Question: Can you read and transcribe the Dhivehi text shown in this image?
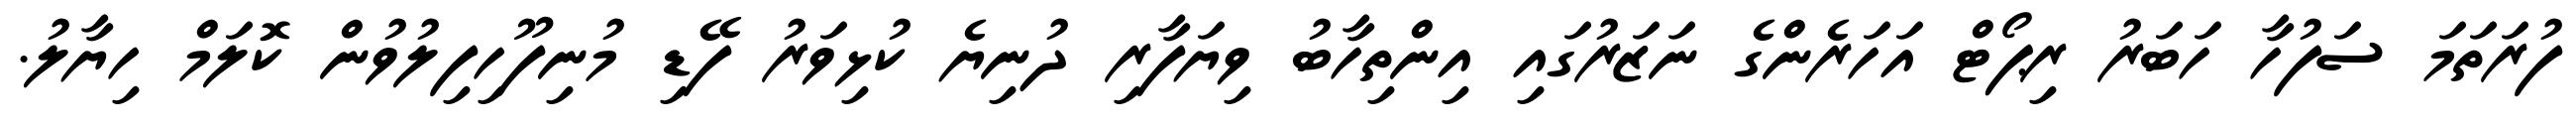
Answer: ފުރަތަމަ ސަފުހާ ހަބަރު ރިޕޯޓް އަހަރެންގެ ނަޒަރުގައި އިންތިހާބު ވިޔަފާރި ދުނިޔެ ކުޅިވަރު ފޭޑި މުނިފޫހިފިލުވުން ކޮލަމް ހިޔާލު.